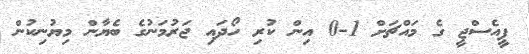
ޕީއެސްޖީ ގެ މައްޗަށް 1-0 އިން ކުރި ހޯދައި ޖަރުމަނުގެ ބެޔާން މިޔުނިކުން